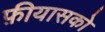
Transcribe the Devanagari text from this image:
फ़ीयासको